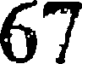
67